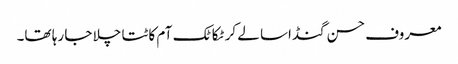
معروف حسن گنڈاسا لے کر ٹکا ٹک آم کاٹتا چلا جا رہا تھا۔